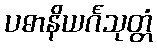
ပဓာနိယင်္ဂသုတ္တံ